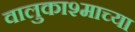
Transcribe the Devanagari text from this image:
वालुकाश्माच्या